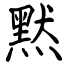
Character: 黙